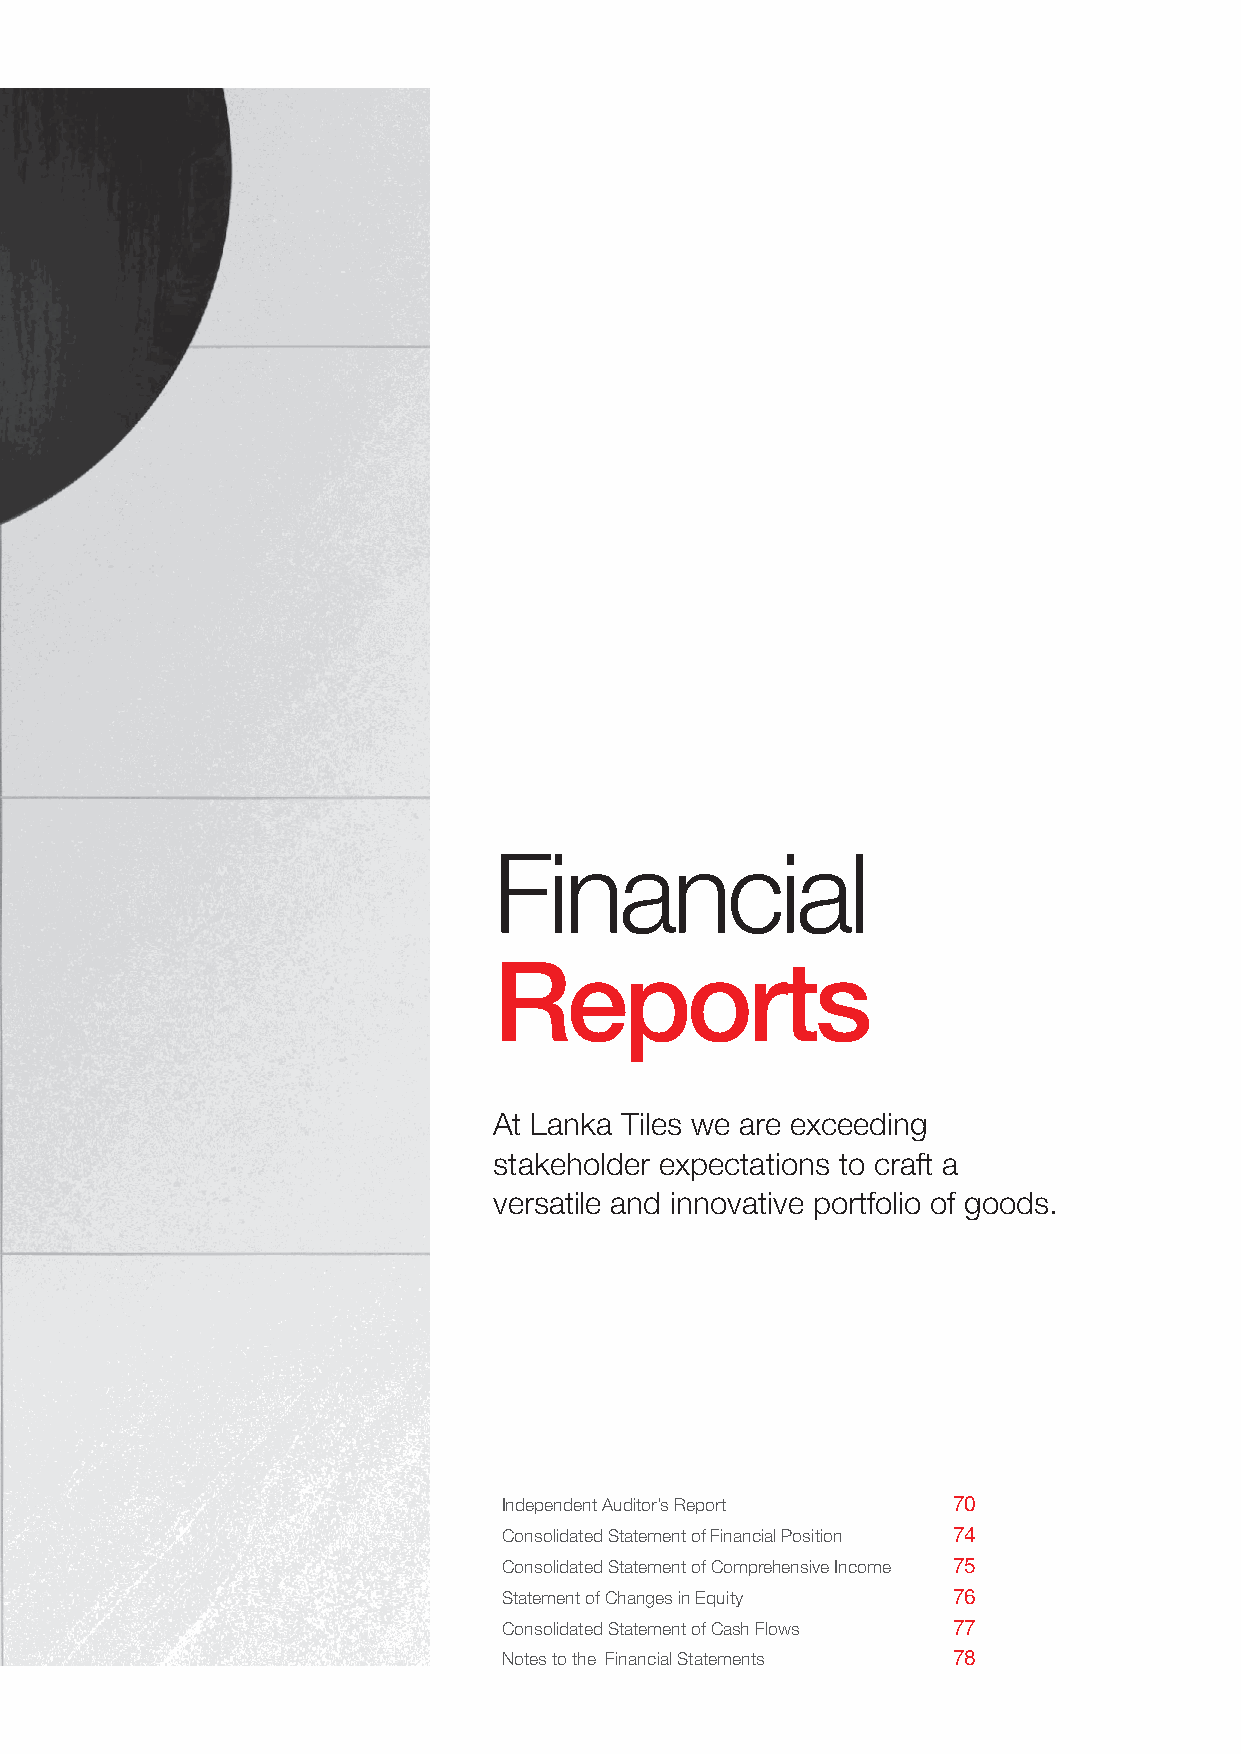
Financial
 Reports
 At Lanka Tiles we are exceeding
 stakeholder expectations to craft a
 versatile and innovative portfolio of goods.
 Independent Auditor’s Report  70
 Consolidated Statement of Financial Position 74
 Consolidated Statement of Comprehensive Income 75
 Statement of Changes in Equity 76
 Consolidated Statement of Cash Flows 77
 Notes to the Financial Statements 78